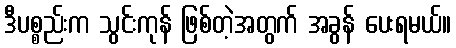
ဒီပစ္စည်းက သွင်းကုန် ဖြစ်တဲ့အတွက် အခွန် ပေးရမယ်။